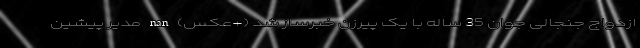
ازدواج جنجالی جوان 35 ساله با یک پیرزن خبرساز شد (+عکس) nan مدیر پیشین